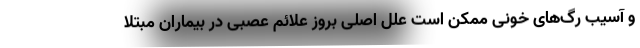
و آسیب رگ‌های خونی ممکن است علل اصلی بروز علائم عصبی در بیماران مبتلا